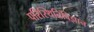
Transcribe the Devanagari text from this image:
परिस्थितिविज्ञान